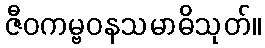
ဇီဝကမ္ဗဝနသမာဓိသုတ်။